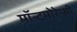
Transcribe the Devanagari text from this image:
मॉन्टमोरेन्सी